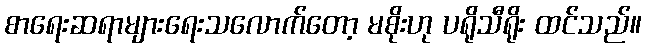
စာရေးဆရာများရေးသလောက်တော့ မစိုးဟု ပရိုသီရိုး ထင်သည်။